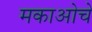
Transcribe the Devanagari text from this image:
मकाओचे